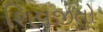
શિવજીતો